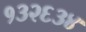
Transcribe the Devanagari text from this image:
१३२६३४